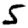
Digit: 5